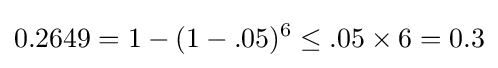
0.2649=1-(1-.05)^{6}\leq .05\times 6=0.3